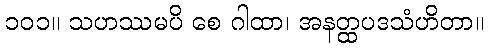
၁၀၁။ သဟဿမပိ စေ ဂါထာ၊ အနတ္ထပဒသံဟိတာ။